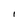
Character: 1